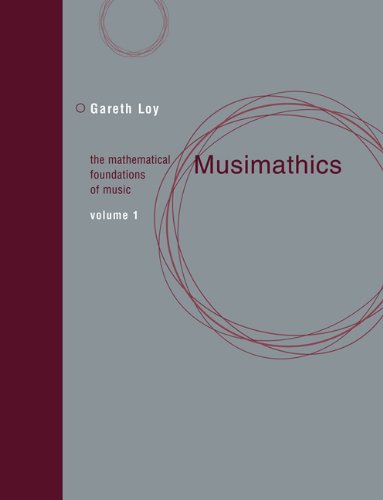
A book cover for Musimathics: The Mathematical Foundations of Music (Volume 1); Gareth Loy; Science & Math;